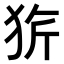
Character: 𤞆